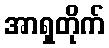
အာရှတိုက်